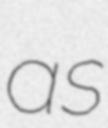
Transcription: as